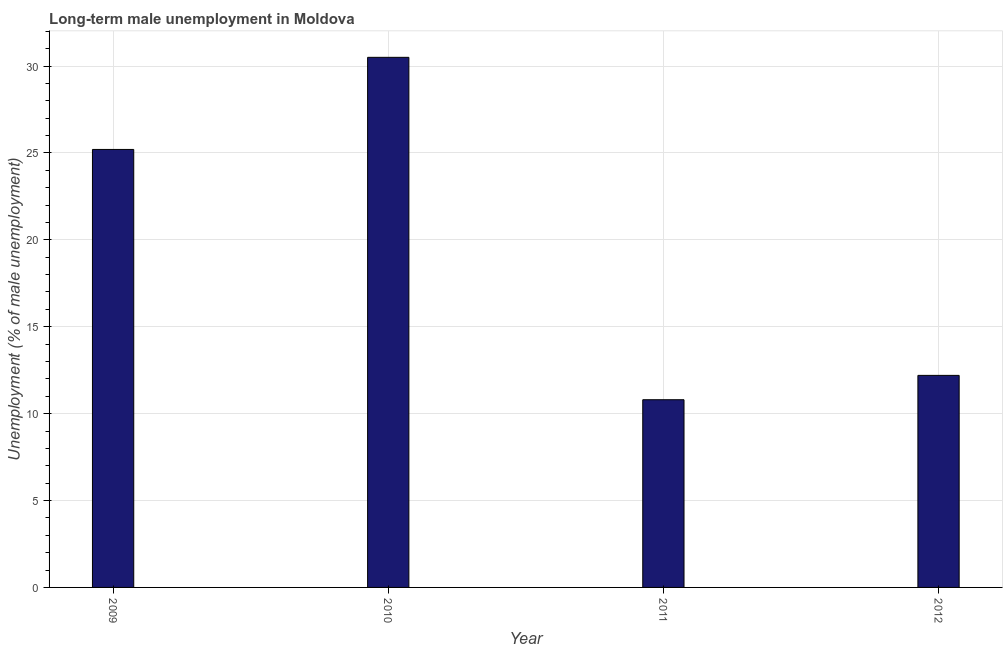
| Year | Long-term unemployment male |
 | --- | --- |
 | 2009 | 25.2 |
 | 2010 | 30.5 |
 | 2011 | 10.8 |
 | 2012 | 12.2 |